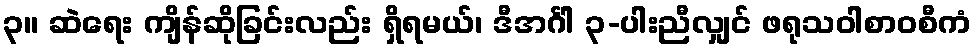
၃။ ဆဲရေး ကျိန်ဆိုခြင်းလည်း ရှိရမယ်၊ ဒီအင်္ဂါ ၃-ပါးညီလျှင် ဖရုသဝါစာဝစီကံ